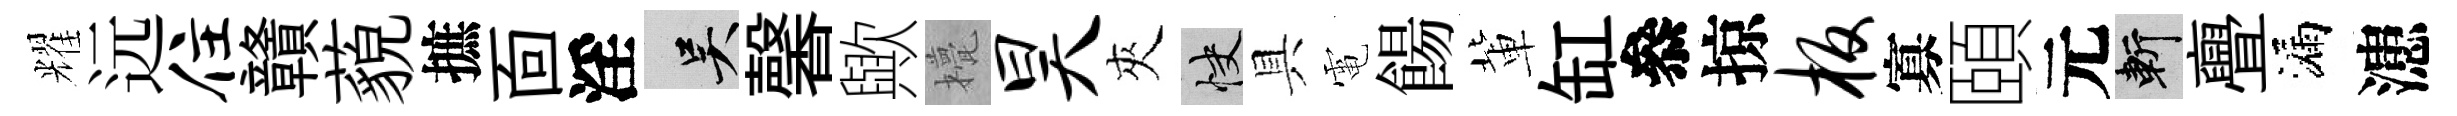
耀远住贛藐摭靣淫吴馨歟甍昊夾快具電餳軰缸叅掠板寡頤元斬亹漏漶